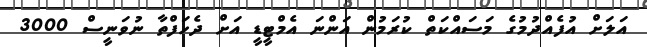
އަލަށް އުފެއްދުމުގެ މަސައްކަތް ކުރަމުން އަންނަ އެމްޓީޑީ އަށް ދެހަފްތާ ނުވަނީސް 3000